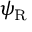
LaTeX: \psi _ { \mathrm { { R } } }